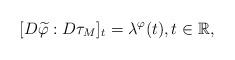
LaTeX: \begin{align*}[D\widetilde{\varphi}:D\tau_M]_t = \lambda^{\varphi}(t), t \in \mathbb{R}, \end{align*}